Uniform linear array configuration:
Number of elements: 24
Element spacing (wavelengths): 0.5
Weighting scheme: binomial
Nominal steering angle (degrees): -15
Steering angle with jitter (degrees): -14.239
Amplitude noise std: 0.05
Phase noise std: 0.05

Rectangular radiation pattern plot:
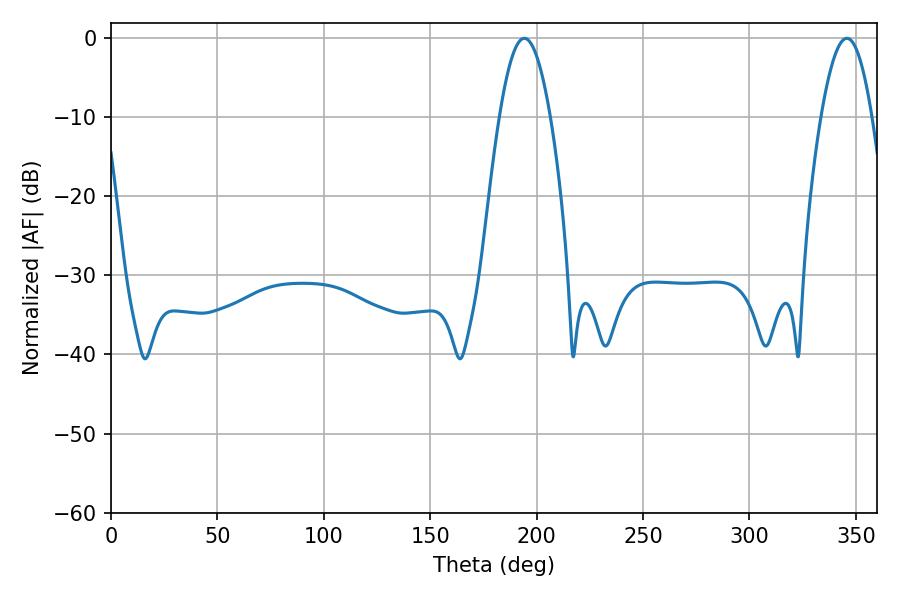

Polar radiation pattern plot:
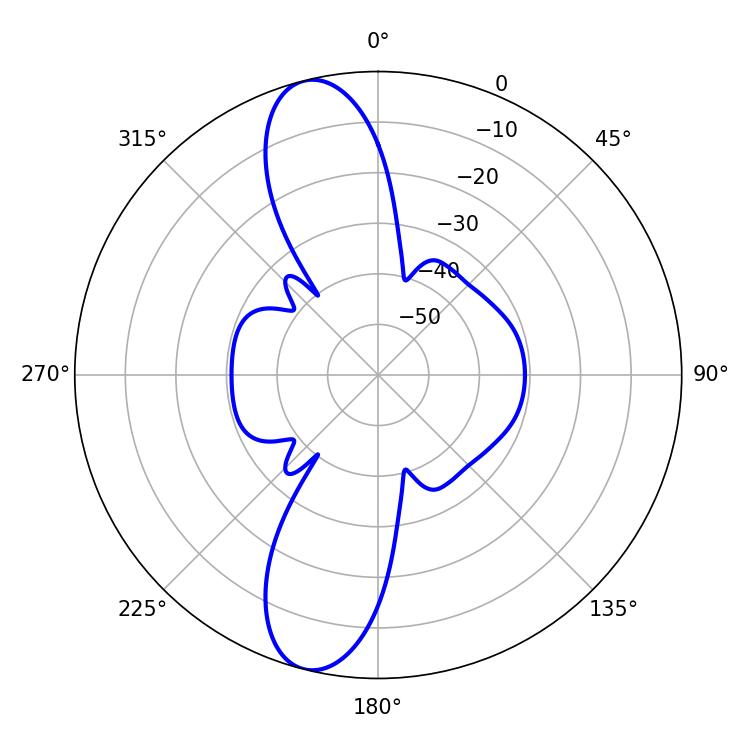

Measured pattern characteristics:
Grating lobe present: FALSE
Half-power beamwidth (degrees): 13.14
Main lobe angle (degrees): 194.22